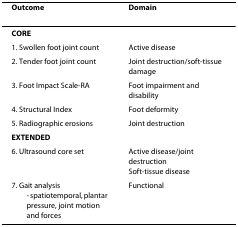
| Outcome | Domain |
 | --- | --- |
 | CORE |  |
 | 1. Swollen foot joint count | Active disease |
 | 2. Tender foot joint count | Joint destruction/soft-tissue damage |
 | 3. Foot Impact Scale-RA | Foot impairment and disability |
 | 4. Structural Index | Foot deformity |
 | 5. Radiographic erosions | Joint destruction |
 | EXTENDED |  |
 | 6. Ultrasound core set | Active disease/joint destructionSoft-tissue disease |
 | 7. Gait analysis- spatiotemporal, plantar pressure, joint motion and forces | Functional |